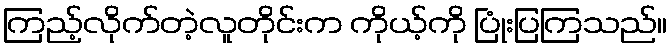
ကြည့်လိုက်တဲ့လူတိုင်းက ကိုယ့်ကို ပြုံးပြကြသည်။